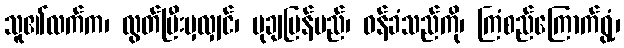
သူ၏လက်က၊ လွတ်ပြီးမှလျှင်၊ မုချပြန်မည်၊ ဝန်ခံသည်ကို၊ ကြံစည်ကြောက်ရွံ့၊